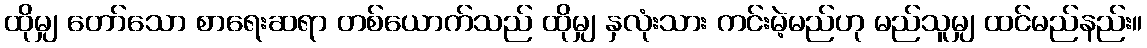
ထိုမျှ တော်သော စာရေးဆရာ တစ်ယောက်သည် ထိုမျှ နှလုံးသား ကင်းမဲ့မည်ဟု မည်သူမျှ ထင်မည်နည်း။